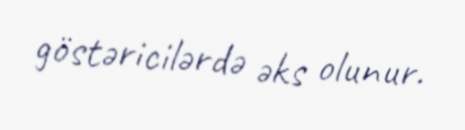
göstəricilərdə əks olunur.